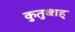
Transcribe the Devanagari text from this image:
कुतुब्शह्